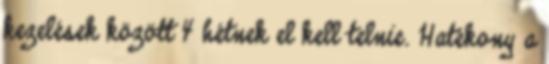
kezelések között 4 hétnek el kell telnie. Hatékony a